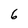
Character: 6